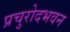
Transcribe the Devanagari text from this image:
प्रचुरोदभवन